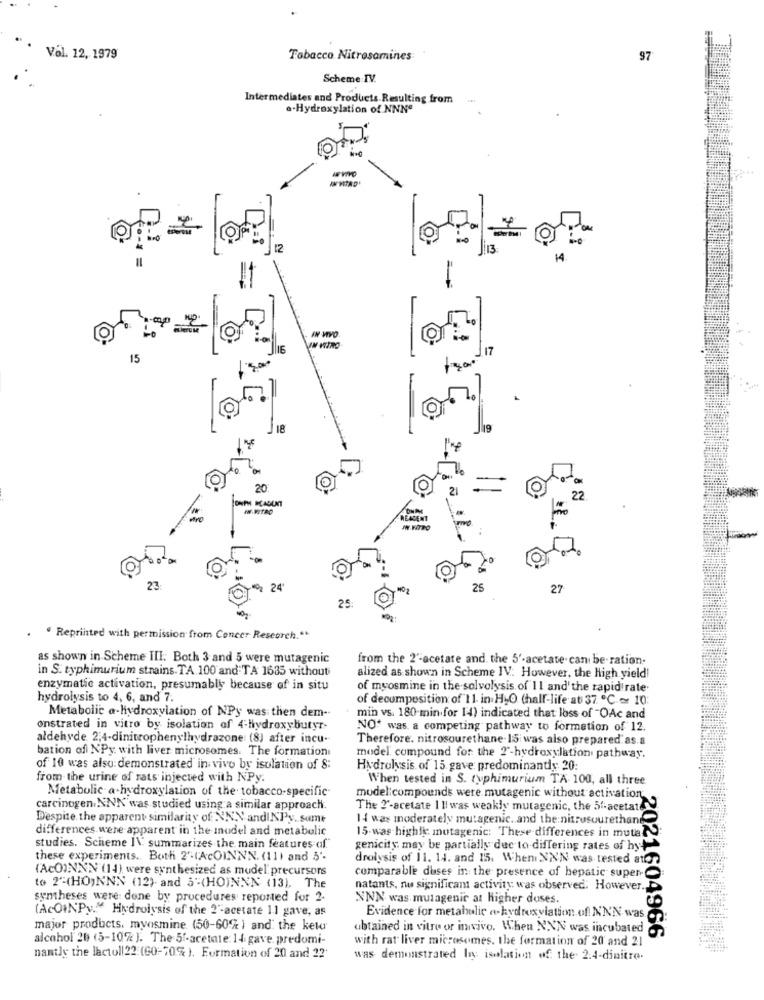
Vol. 12, 1979
Tobacco Nitrosamines
97
Scheme:IV.
Intermediates and Products. Resulting from
a-Hydroxylation of NNNº
12
14.
O
117
15
500
18
ke
20
10
10
22
no
REAGENT
WW.NTTO
10
23
2 24
25
27
25
. Reprinted with permission from Concer Research."
as shown in Scheme III. Both 3 and 5 were mutagenic
from the 2'-acetare and. the 5'-acetate can be-ration.
in S. typhimurium strains. TA.100 and TA 1635 without
alized as shown in Scheme IV. However, the High yield!
enzymatic activation, presumably because of in situ
of myosmine in the solvolysis of 11 and'the rapid rate
hydrolysis to 4, 6, and 7.
of decomposition of 11 in HLO (half-life at 37 ℃~ 10
Metabolic a-hydroxylation of NPy was then dem-
min vs. 180-min for 14) indicated that loss of "OAc and
onstrated in vitro by isolation of 4-hydroxybutyr-
NO* was a competing pathway to formation of 12.
aldehyde 2,4-dinitrophenylhydrazone: (8) after incu-
Therefore. nitrosourethane- 15 was also prepared as.a
bation of N'Py with liver microsomes. The formation
model compound for the 2'-hydroxylation pathway.
of 10 was also:demonstrated in vivo by isolation of 8:
Hydrolysis of 15 gave: predominantly 20:
from the urine of rats injected with NPy.
When tested in S. typhimurium TA 100, all three
Metabolic a-hydroxylation of the tobacco-specific
model:compounds were mutagenic without activation.
carcinogen.NNK was studied using a similar approach.
The 2'-acetate I ll was weakly mutagenic, the 5f-acetate
Despite the apparent similarity of NNN andINPy, samt
14 was moderately mutagenic. and the nitrosourethane
differences.were apparent in the mudel and metabolic
15-was highly mutagenic: These differences in muta.
studies. Scheme I\ summarizes the main features af."
genicity may be partially due to differing rates of hy
these experiments. Both 2'-(AcOINNN. (111 and 5'-
drolysis of 11. 14. and 15. When NN'N was tested ator
(AcOINNN (14) were synthesized as mudel' precursors
comparable duses in the presence of hepatic super-
to 2-(HO)NNN (12)- and 5"(HOINNN (13), The
natants, nu significam activity: was observed. However.
syntheses were done by procedures reported for 2-
XNN was mutagenic at higher doses.
(AcOINPy." Hydrolysis of the 2'-acetate 1.1 gave, as
Evidence for metabolic @-hydroxylation of NNN was
major products. myosmine (50-60% ) and the keta
obtained in vitro or invivo. When NXN was incubated
alcohol 26 (5-10% ). The 5f-acetate: 14 gave. predomi-
with rat liver microsomes. the formation of 20 and 21
2021604966
nantly the lactoll22 (60-70% ). Formation of 20 and 22
was demonstrated In: isolation of the 2:4-dinitro.